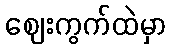
ဈေးကွက်ထဲမှာ